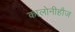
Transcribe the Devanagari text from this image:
कालोनीहौज